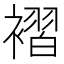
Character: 褶